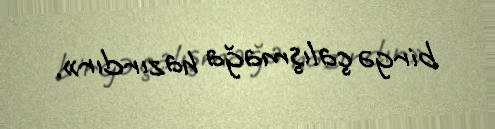
birgə çalışmağa hazırdır».